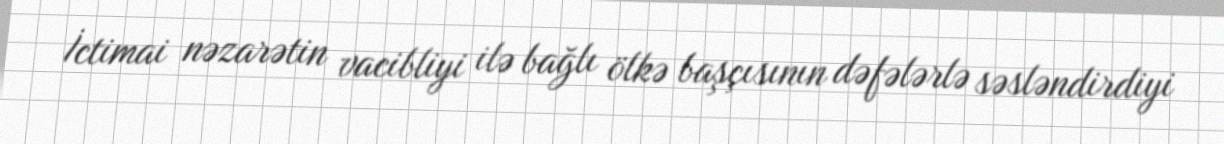
İctimai nəzarətin vacibliyi ilə bağlı ölkə başçısının dəfələrlə səsləndirdiyi